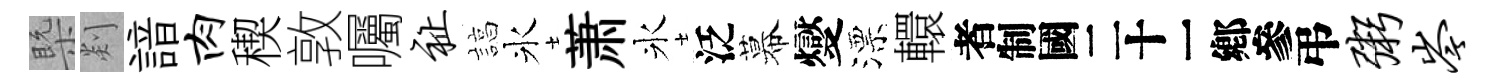
槩剡諳肉稧敦囑祉諄氷萧氷泛幕燮漂轘识弔粥岑